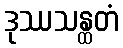
ဒုဿသန္ထတံ